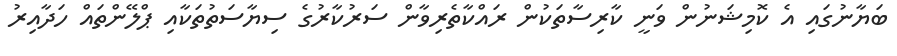
ބަޔާނުގައި އެ ކޮމިޝަނުން ވަނީ ކާރިސާތަކުން ރައްކާތެރިވާން ސަރުކާރުގެ ސިޔާސަތުތަކާއި ޕްލޭންތައް ހަދާއިރު